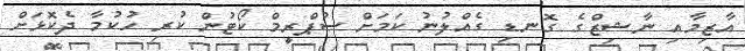
އާޒިމާއި ނާޝިޒްގެ ގޮނޑި ގެއްލުނު ކަމަށް ސުޕްރީމް ކޯޓުން ކުރި ހުކުމާ ދެކޮޅަށް